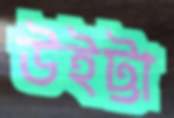
উইট্টা